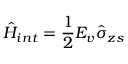
\hat { H } _ { i n t } = \frac { 1 } { 2 } E _ { v } \hat { \sigma } _ { z s }